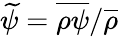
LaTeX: \widetilde{\psi}=\overline{{\rho\psi}}/\overline{{\rho}}